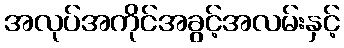
အလုပ်အကိုင်အခွင့်အလမ်းနှင့်